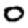
Digit: 0